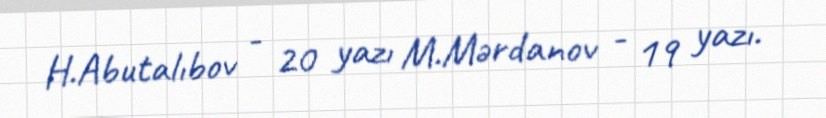
H.Abutalıbov - 20 yazı M.Mərdanov - 19 yazı.